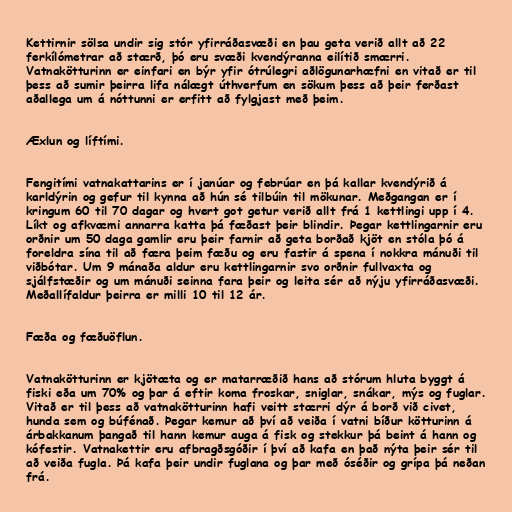
Kettirnir sölsa undir sig stór yfirráðasvæði en þau geta verið allt að 22
ferkílómetrar að stærð, þó eru svæði kvendýranna eilítið smærri.
Vatnakötturinn er einfari en býr yfir ótrúlegri aðlögunarhæfni en vitað er til
þess að sumir þeirra lifa nálægt úthverfum en sökum þess að þeir ferðast
aðallega um á nóttunni er erfitt að fylgjast með þeim.

Æxlun og líftími.

Fengitími vatnakattarins er í janúar og febrúar en þá kallar kvendýrið á
karldýrin og gefur til kynna að hún sé tilbúin til mökunar. Meðgangan er í
kringum 60 til 70 dagar og hvert got getur verið allt frá 1 kettlingi upp í 4.
Líkt og afkvæmi annarra katta þá fæðast þeir blindir. Þegar kettlingarnir eru
orðnir um 50 daga gamlir eru þeir farnir að geta borðað kjöt en stóla þó á
foreldra sína til að færa þeim fæðu og eru fastir á spena í nokkra mánuði til
viðbótar. Um 9 mánaða aldur eru kettlingarnir svo orðnir fullvaxta og
sjálfstæðir og um mánuði seinna fara þeir og leita sér að nýju yfirráðasvæði.
Meðallífaldur þeirra er milli 10 til 12 ár.

Fæða og fæðuöflun.

Vatnakötturinn er kjötæta og er matarræðið hans að stórum hluta byggt á
fiski eða um 70% og þar á eftir koma froskar, sniglar, snákar, mýs og fuglar.
Vitað er til þess að vatnakötturinn hafi veitt stærri dýr á borð við civet,
hunda sem og búfénað. Þegar kemur að því að veiða í vatni bíður kötturinn á
árbakkanum þangað til hann kemur auga á fisk og stekkur þá beint á hann og
kófestir. Vatnakettir eru afbragðsgóðir í því að kafa en það nýta þeir sér til
að veiða fugla. Þá kafa þeir undir fuglana og þar með óséðir og grípa þá neðan
frá.